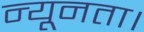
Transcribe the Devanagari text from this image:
न्यूनता।